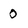
Character: 0